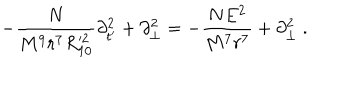
LaTeX: - \frac { N } { M ^ { 9 } r ^ { 7 } R _ { 1 0 } ^ { 2 } } \partial _ { t ^ { \prime } } ^ { 2 } + \partial _ { \perp } ^ { 2 } = - \frac { N E ^ { 2 } } { M ^ { 7 } r ^ { 7 } } + \partial _ { \perp } ^ { 2 } \ .